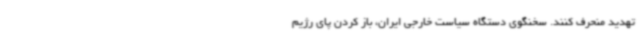
تهدید منحرف کنند. سخنگوی دستگاه سیاست خارجی ایران، باز کردن پای رژیم